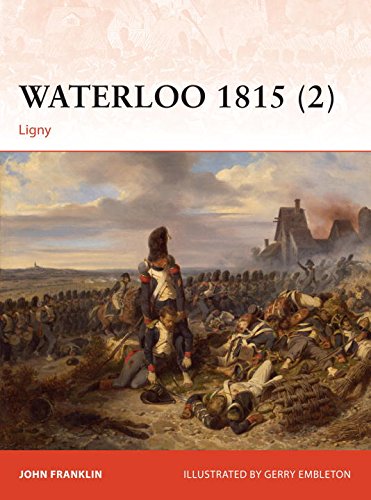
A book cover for Waterloo 1815 (2): Ligny (Campaign); John Franklin; History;